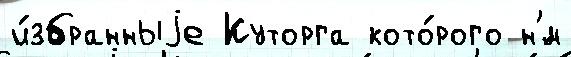
и́збранныjе Куторга кото́рого н'́м